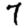
Digit: 7